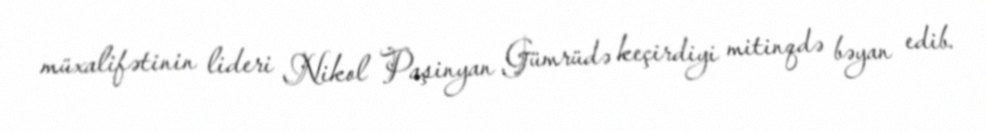
müxalifətinin lideri Nikol Paşinyan Gümrüdə keçirdiyi mitinqdə bəyan edib.